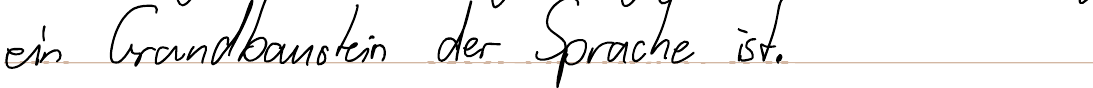
ein Grundbaustein der Sprache ist.